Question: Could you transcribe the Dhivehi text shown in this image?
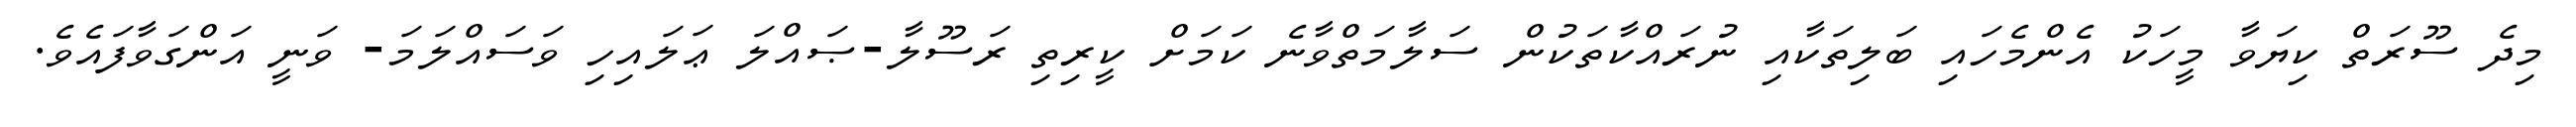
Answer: މިދެ ސޫރަތް ކިޔަވާ މީހަކު އެންމެހައި ބަލިތަކާއި ނުރައްކާތަކުން ސަލާމަތްވާނެ ކަމަށް ކީރިތި ރަސޫލާ-ޞައްލަ ޢަލައިހި ވަސައްލަމަ- ވަނީ އަންގަވާފައެވެ.